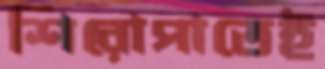
শিরোপাতেই